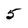
Character: 5